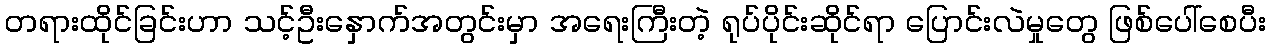
တရားထိုင်ခြင်းဟာ သင့်ဦးနှောက်အတွင်းမှာ အရေးကြီးတဲ့ ရုပ်ပိုင်းဆိုင်ရာ ပြောင်းလဲမှုတွေ ဖြစ်ပေါ်စေပီး